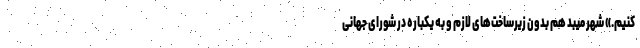
کنیم.» شهر میبد هم بدون زیرساخت‌های لازم و به یکباره در شورای جهانی